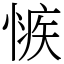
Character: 愱